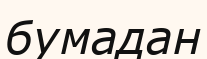
бумадан